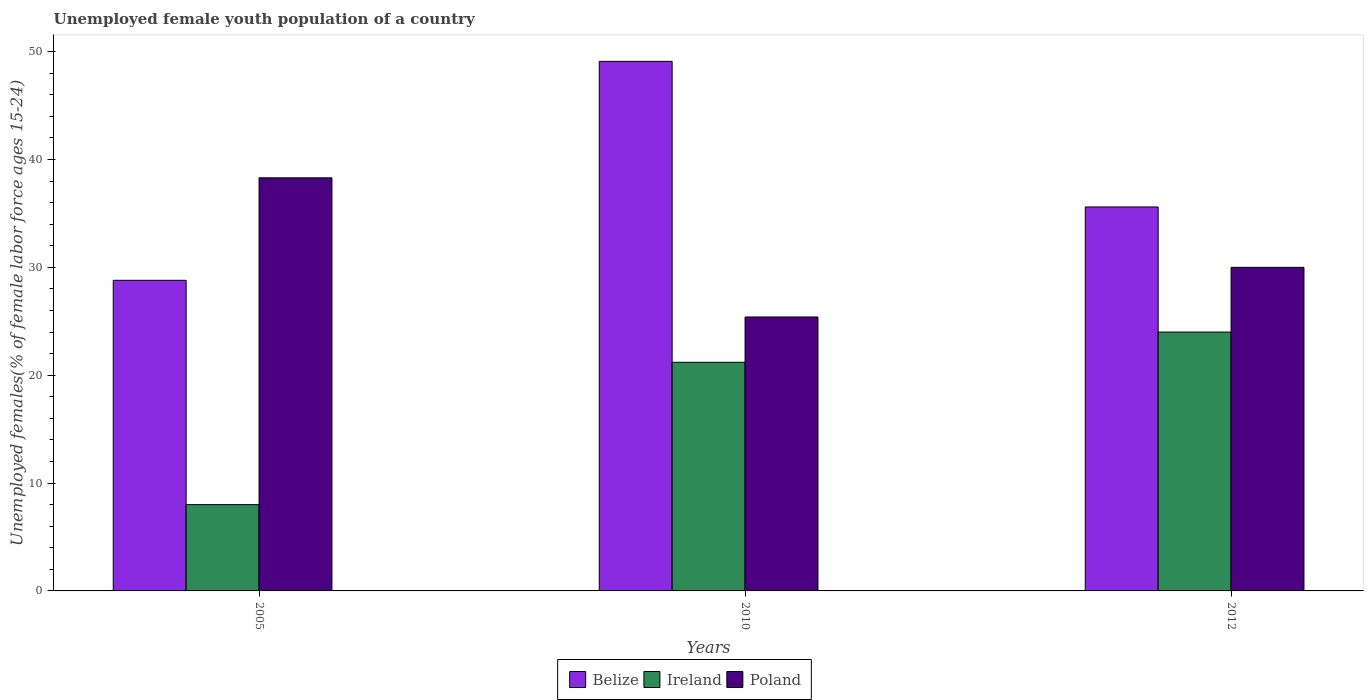
| Years | Belize | Ireland | Poland |
 | --- | --- | --- | --- |
 | 2005 | 28.8 | 8 | 38.3 |
 | 2010 | 49.1 | 21.2 | 25.4 |
 | 2012 | 35.6 | 24 | 30 |